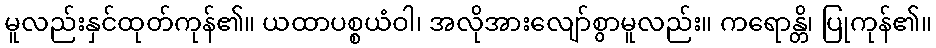
မူလည်းနှင်ထုတ်ကုန်၏။ ယထာပစ္စယံဝါ၊ အလိုအားလျော်စွာမူလည်း။ ကရောန္တိ၊ ပြုကုန်၏။